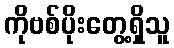
ကိုဗစ်ပိုးတွေ့ရှိသူ